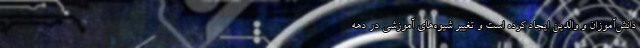
دانش‌آموزان و والدین ایجاد کرده است و تغییر شیوه‌های آموزشی در دهه